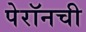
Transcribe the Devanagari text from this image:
पेरॉनची